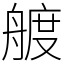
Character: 艔